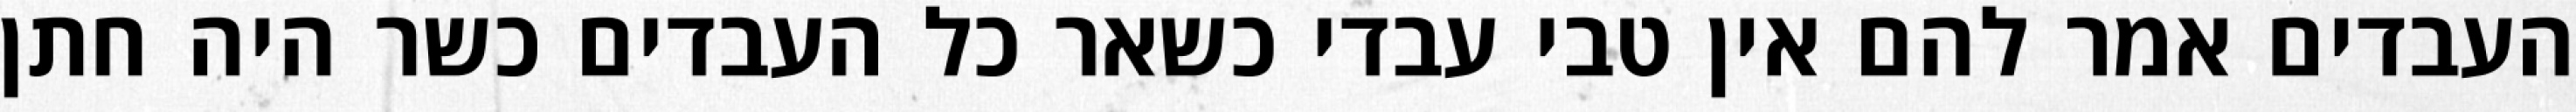
העבדים אמר להם אין טבי עבדי כשאר כל העבדים כשר היה חתן